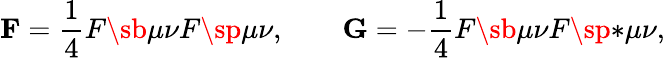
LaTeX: {\mathbf F}=\frac{1}{4}F\sb{\mu\nu}F\sp{\mu\nu},\qquad{\mathbf G}=-\frac{1}{4}F\sb{\mu\nu}F\sp{\ast\mu\nu},